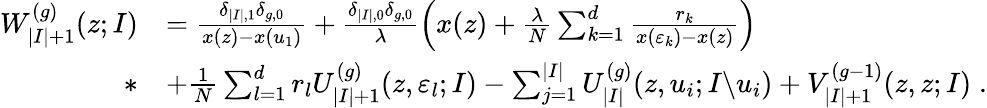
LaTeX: \begin{array}{rl}{W_{|I|+1}^{(g)}(z;I)}&{=\frac{\delta_{|I|,1}\delta_{g,0}}{x(z)-x(u_{1})}+\frac{\delta_{|I|,0}\delta_{g,0}}{\lambda}\Big(x(z)+\frac{\lambda}{N}\sum_{k=1}^{d}\frac{r_{k}}{x(\varepsilon_{k})-x(z)}\Big)}\\ {*}&{+\frac{1}{N}\sum_{l=1}^{d}r_{l}U_{|I|+1}^{(g)}(z,\varepsilon_{l};I)-\sum_{j=1}^{|I|}U_{|I|}^{(g)}(z,u_{i};I{\setminus}u_{i})+V_{|I|+1}^{(g-1)}(z,z;I)\; .}\end{array}